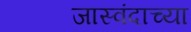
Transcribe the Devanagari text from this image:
जास्वंदाच्या